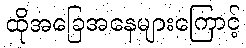
ထိုအခြေအနေများကြောင့်